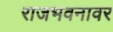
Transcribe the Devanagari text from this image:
राजभवनावर